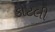
કોટલી